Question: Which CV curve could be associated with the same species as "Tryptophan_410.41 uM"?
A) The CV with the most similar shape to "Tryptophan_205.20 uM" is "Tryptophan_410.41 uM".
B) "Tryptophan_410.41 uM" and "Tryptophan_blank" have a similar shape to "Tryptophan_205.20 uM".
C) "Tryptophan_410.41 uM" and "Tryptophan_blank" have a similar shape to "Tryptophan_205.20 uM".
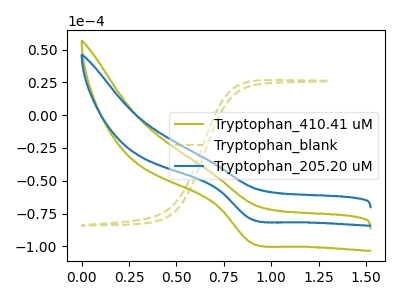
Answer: <think>The olive curve "Tryptophan_410.41 uM" has a cathodic peak at: (0.90V, -96.95uA). The olive dashed curve "Tryptophan_blank" has no peaks. The blue curve "Tryptophan_205.20 uM" has a cathodic peak at: (0.90V, -79.00uA).
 "Tryptophan_410.41 uM" and "Tryptophan_blank" have a different number of peaks. All the peaks in "Tryptophan_410.41 uM" have a peak in "Tryptophan_205.20 uM" at the same potential. Every peak in "Tryptophan_410.41 uM" is higher than every peak in "Tryptophan_205.20 uM". "Tryptophan_blank" and "Tryptophan_205.20 uM" have a different number of peaks.</think>
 <answer>A) The CV with the most similar shape to "Tryptophan_205.20 uM" is "Tryptophan_410.41 uM".</answer>
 <eval>A</eval>